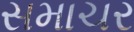
સમાચર